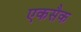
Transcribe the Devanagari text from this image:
एकसैक